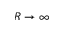
R \to \infty